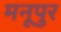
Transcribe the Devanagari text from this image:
मनूपुर